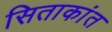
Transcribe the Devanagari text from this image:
सिताकांत